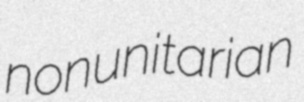
nonunitarian